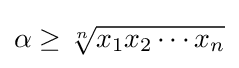
\alpha \geq {\sqrt[{n}]{x_{1}x_{2}\cdots x_{n}}}